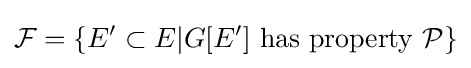
{\mathcal {F}}=\{E'\subset E\vert G[E']{\hbox{ has property }}{\mathcal {P}}\}